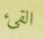
القيء